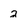
Character: 2